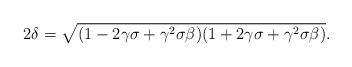
LaTeX: \begin{align*}2\delta = \sqrt{(1-2\gamma\sigma+\gamma^2\sigma\beta)(1+2\gamma\sigma+\gamma^2\sigma\beta)}.\end{align*}